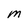
Character: M